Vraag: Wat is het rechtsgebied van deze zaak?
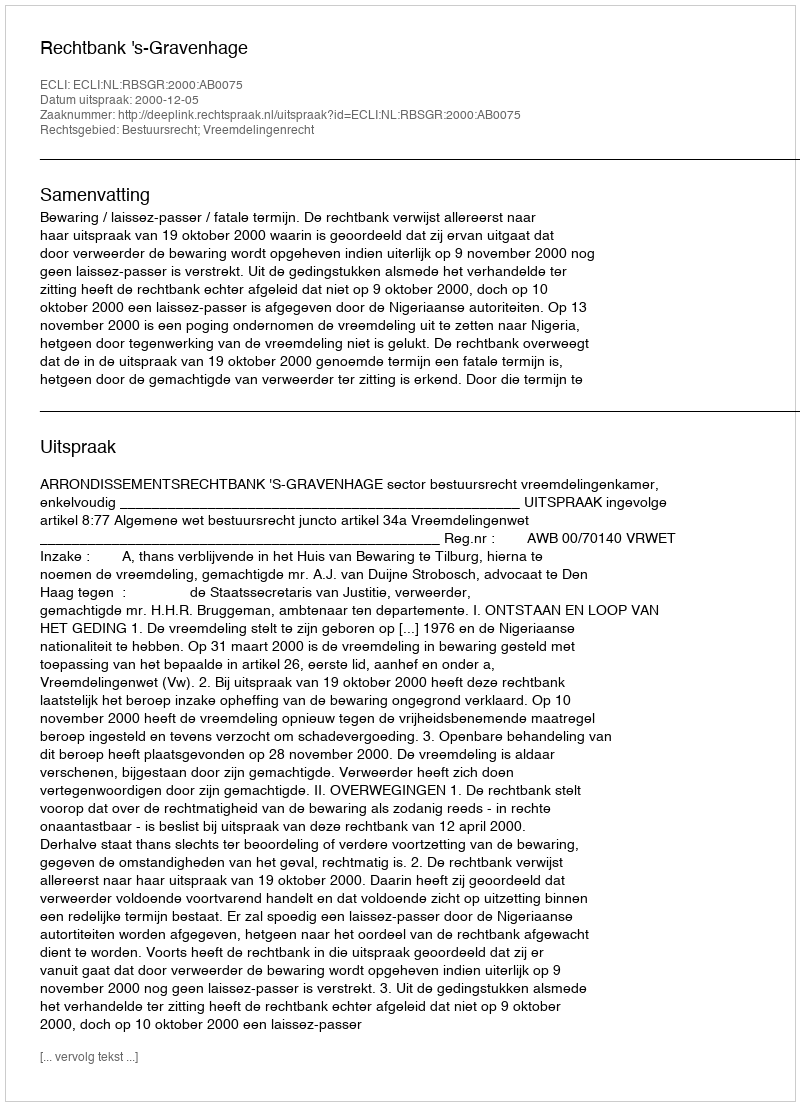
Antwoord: Bestuursrecht; Vreemdelingenrecht